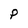
Character: P